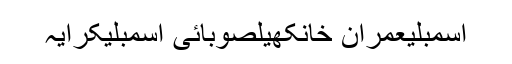
اسمبلیعمران خانکھیلصوبائی اسمبلیکرایہ